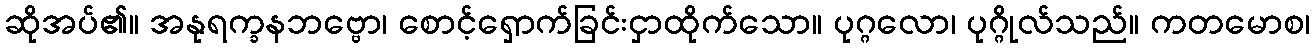
ဆိုအပ်၏။ အနုရက္ခနဘဗ္ဗော၊ စောင့်ရှောက်ခြင်းငှာထိုက်သော။ ပုဂ္ဂလော၊ ပုဂ္ဂိုလ်သည်။ ကတမောစ၊